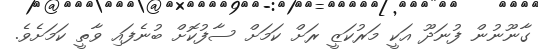
ގާނޫނުން ފުނަދޫ އަކީ މަރުކަޒީ ރަށް ކަމަށް ސާފުކޮށް ބުނެފައި ވާތީ ކަމަށެވެ.